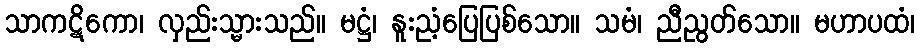
သာကဋိကော၊ လှည်းသ္မားသည်။ မဋ္ဌံ၊ နူးညံ့ပြေပြစ်သော။ သမံ၊ ညီညွတ်သော။ မဟာပထံ၊